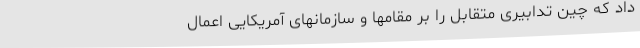
داد که چین تدابیری متقابل را بر مقامها و سازمانهای آمریکایی اعمال